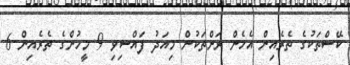
ކޭސްތަކުގެ ތެރެއިން އެހެން ރަށްތަކުން މިއަދު ފައްސިވި 9 މީހުންގެ ތެރެއިން 6